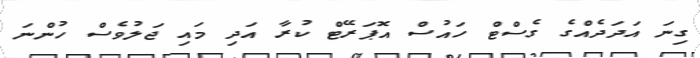
ގިނަ އަދަދެއްގެ ގެސްޓް ހައުސް އޮޕަރޭޓް ކުރާ އަދި މައި ޖަލުވެސް ހުންނަ